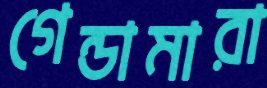
গেন্ডামারা